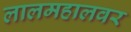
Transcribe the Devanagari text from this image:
लालमहालवर